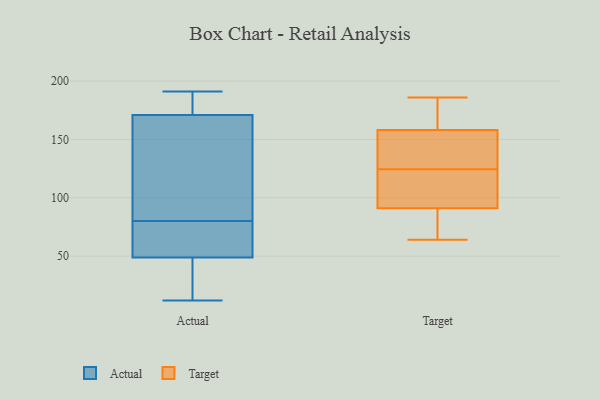
{"axis": {"x": "Production Output", "y": "Value"}, "legend": ["Actual", "Target"], "data": [{"x": "", "y": 180, "type": "Actual"}, {"x": "", "y": 168, "type": "Actual"}, {"x": "", "y": 52, "type": "Actual"}, {"x": "", "y": 80, "type": "Actual"}, {"x": "", "y": 12, "type": "Actual"}, {"x": "", "y": 191, "type": "Actual"}, {"x": "", "y": 141, "type": "Actual"}, {"x": "", "y": 39, "type": "Actual"}, {"x": "", "y": 113, "type": "Actual"}, {"x": "", "y": 62, "type": "Actual"}, {"x": "", "y": 190, "type": "Actual"}, {"x": "", "y": 79, "type": "Actual"}, {"x": "", "y": 24, "type": "Actual"}, {"x": "", "y": 146, "type": "Target"}, {"x": "", "y": 64, "type": "Target"}, {"x": "", "y": 150, "type": "Target"}, {"x": "", "y": 73, "type": "Target"}, {"x": "", "y": 103, "type": "Target"}, {"x": "", "y": 91, "type": "Target"}, {"x": "", "y": 171, "type": "Target"}, {"x": "", "y": 186, "type": "Target"}, {"x": "", "y": 97, "type": "Target"}, {"x": "", "y": 158, "type": "Target"}]}